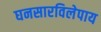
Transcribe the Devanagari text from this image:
घनसारविलेपाय